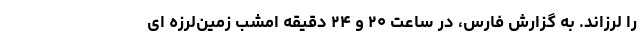
را لرزاند. به گزارش فارس، در ساعت ۲۰ و ۲۴ دقیقه امشب زمین‌لرزه ای